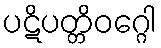
ပဋိပတ္တိဝဂ္ဂေါ